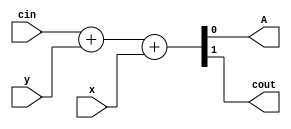
(* black_box *) module top
(
 input x,
 input y,
 input cin,

 output A,
 output cout
 );

`ifndef BUG
assign {cout,A} =  cin + y + x;
`else
assign {cout,A} =  cin - y * x;
`endif

endmodule